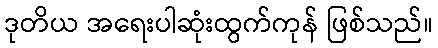
ဒုတိယ အရေးပါဆုံးထွက်ကုန် ဖြစ်သည်။